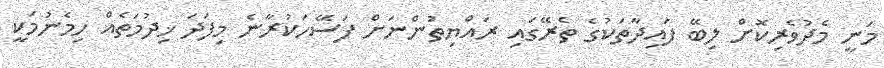
މަނީ މެދުވެރިކޮށް ލިބޭ ފައިދާތަކުގެ ތެރޭގައި ރައްޔިތުންނަށް ފަސޭހަކުރާނެ މިފަދަ ޚިދުމަތެއް ހިމެނުމަކީ